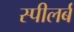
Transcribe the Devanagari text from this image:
स्पीलर्ब